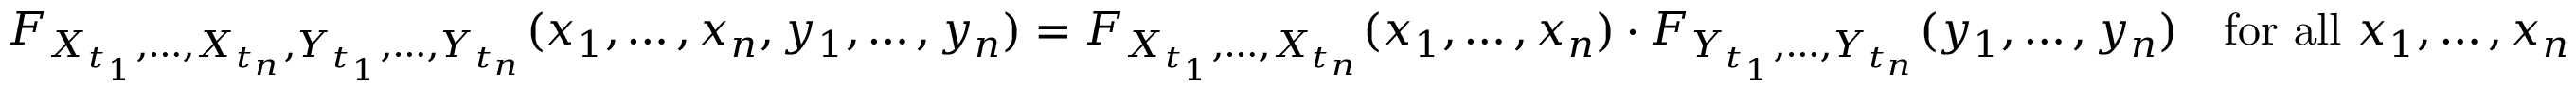
F _ { X _ { t _ { 1 } } , \ldots , X _ { t _ { n } } , Y _ { t _ { 1 } } , \ldots , Y _ { t _ { n } } } ( x _ { 1 } , \ldots , x _ { n } , y _ { 1 } , \ldots , y _ { n } ) = F _ { X _ { t _ { 1 } } , \ldots , X _ { t _ { n } } } ( x _ { 1 } , \ldots , x _ { n } ) \cdot F _ { Y _ { t _ { 1 } } , \ldots , Y _ { t _ { n } } } ( y _ { 1 } , \ldots , y _ { n } ) \quad { \mathrm { f o r ~ a l l ~ } } x _ { 1 } , \ldots , x _ { n }